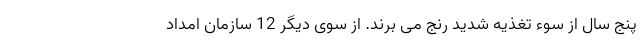
پنج سال از سوء تغذیه شدید رنج می برند. از سوی دیگر 12 سازمان امداد